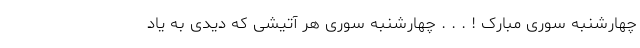
چهارشنبه سوری مبارک ! . . . چهارشنبه سوری هر آتیشی که دیدی به یاد